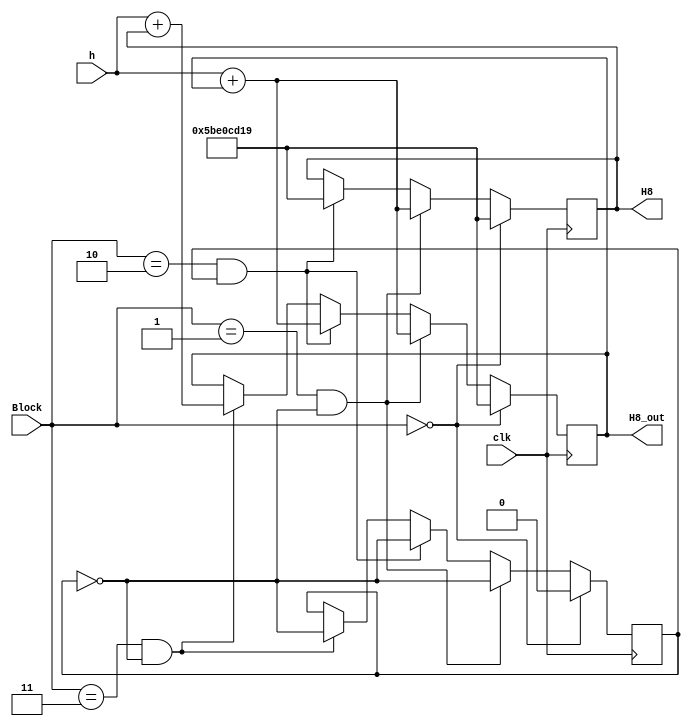
`timescale 1ns / 1ps
//////////////////////////////////////////////////////////////////////////////////
// Company: 
// Engineer: 
// 
// Design Name: 
// Module Name:    H8 
// Project Name: 
// Target Devices: 
// Tool versions: 
// Description: 
//
// Dependencies: 
//
// Revision: 
// Revision 0.01 - File Created
// Additional Comments: 
//
//////////////////////////////////////////////////////////////////////////////////
module H8(input [1:0] Block, input clk, input [31:0] h, output reg [31:0] H8_out, H8 );

reg source; 
initial
begin
H8_out = 32'h5be0cd19;
H8 = 32'h5be0cd19;
end

always @ (posedge clk)
begin
	
	if (Block == 0)			
	begin
			H8_out <= 32'h5be0cd19;
			H8 <= 32'h5be0cd19;
			source <= 0;
		end
	else
		begin
		if(Block ==1 && source == 0)
		begin
			H8_out <= h + H8_out;
			H8 <= h + H8_out;
			source <= ~source;
			end
				else
		if(Block ==2 && source ==1)
				begin
					H8_out <= h + H8_out;
			H8 <= 32'h5be0cd19;
			source <= ~source;
				end
						else
		if(Block ==3 && source ==0)
				begin
					H8_out <= h + H8;
			source <= ~source;
				end
		end
		
end

endmodule